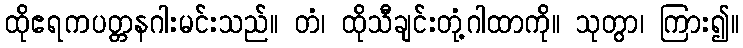
ထိုဧရကပတ္တနဂါးမင်းသည်။ တံ၊ ထိုသီချင်းတုံ့ဂါထာကို။ သုတွာ၊ ကြား၍။